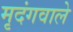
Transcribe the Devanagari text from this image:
मृदंगवाले